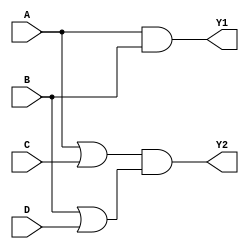
module combinational_logic_block (
    input wire A,
    input wire B,
    input wire C,
    input wire D,
    output wire Y1,
    output wire Y2
);

// Level 1: Initial Logic Expression
// Assume the initial expressions are:
// Y1 = (A AND B) OR (C AND NOT D)
// Y2 = (A OR C) AND (B OR D)

// Level 2: First Simplification
// Simplified expressions using Boolean algebra
wire AB;          // A AND B
wire CN;          // NOT C
wire CD;          // C AND D
wire AD;          // A AND D
wire BC;          // B AND C

// Level 3: Factorization
assign AB = A & B;          // A AND B
assign CN = ~C;             // NOT C
assign CD = C & D;          // C AND D
assign AD = A & D;          // A AND D
assign BC = B & C;          // B AND C

// Level 4: Multi-Level Optimization
// Using shared sub-expressions
wire Y1_temp = AB | (C & CN); // Y1 = (A AND B) OR (C AND NOT D)
wire Y2_temp = (A | C) & (B | D); // Y2 = (A OR C) AND (B OR D)

// Final Outputs
assign Y1 = Y1_temp; // Final expression for Y1
assign Y2 = Y2_temp; // Final expression for Y2

endmodule